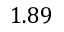
1 . 8 9